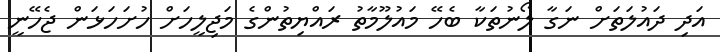
އަދި ދައުލަތަށް ނަގާ ލޯނުތަކާ ބެހޭ މައުލޫމާތު ރައްޔިތުންގެ މަޖިލީހަށް ހުށަހަޅަން ޖެހޭނީ